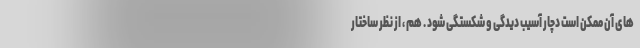
های آن ممکن است دچار آسیب دیدگی و شکستگی شود . هم ، از نظر ساختار